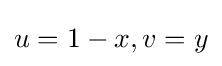
u=1-x,v=y